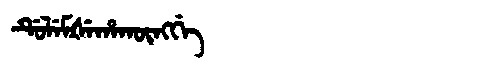
Manchu: ᡩᡠᠯᡝᠮᡧᡝᡥᠠᡴᡡᠩᡤᡝ
Romanization: DULEMŠEHAKŪNGGE